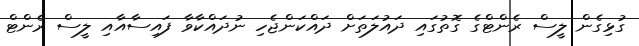
ގުޅިގެން ލީސް ރެންޓްގެ ގޮތުގައި ދައުލަތަށް ދައްކަންޖެހި ނުދައްކާވާ ފައިސާއާއި ލީސް ރެންޓް